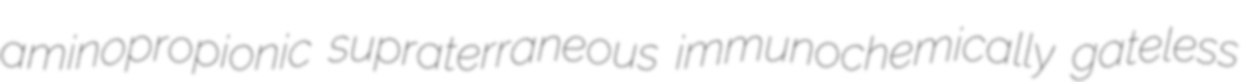
aminopropionic supraterraneous immunochemically gateless